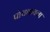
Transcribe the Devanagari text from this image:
पोचवायला